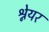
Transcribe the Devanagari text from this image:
श्नेयर